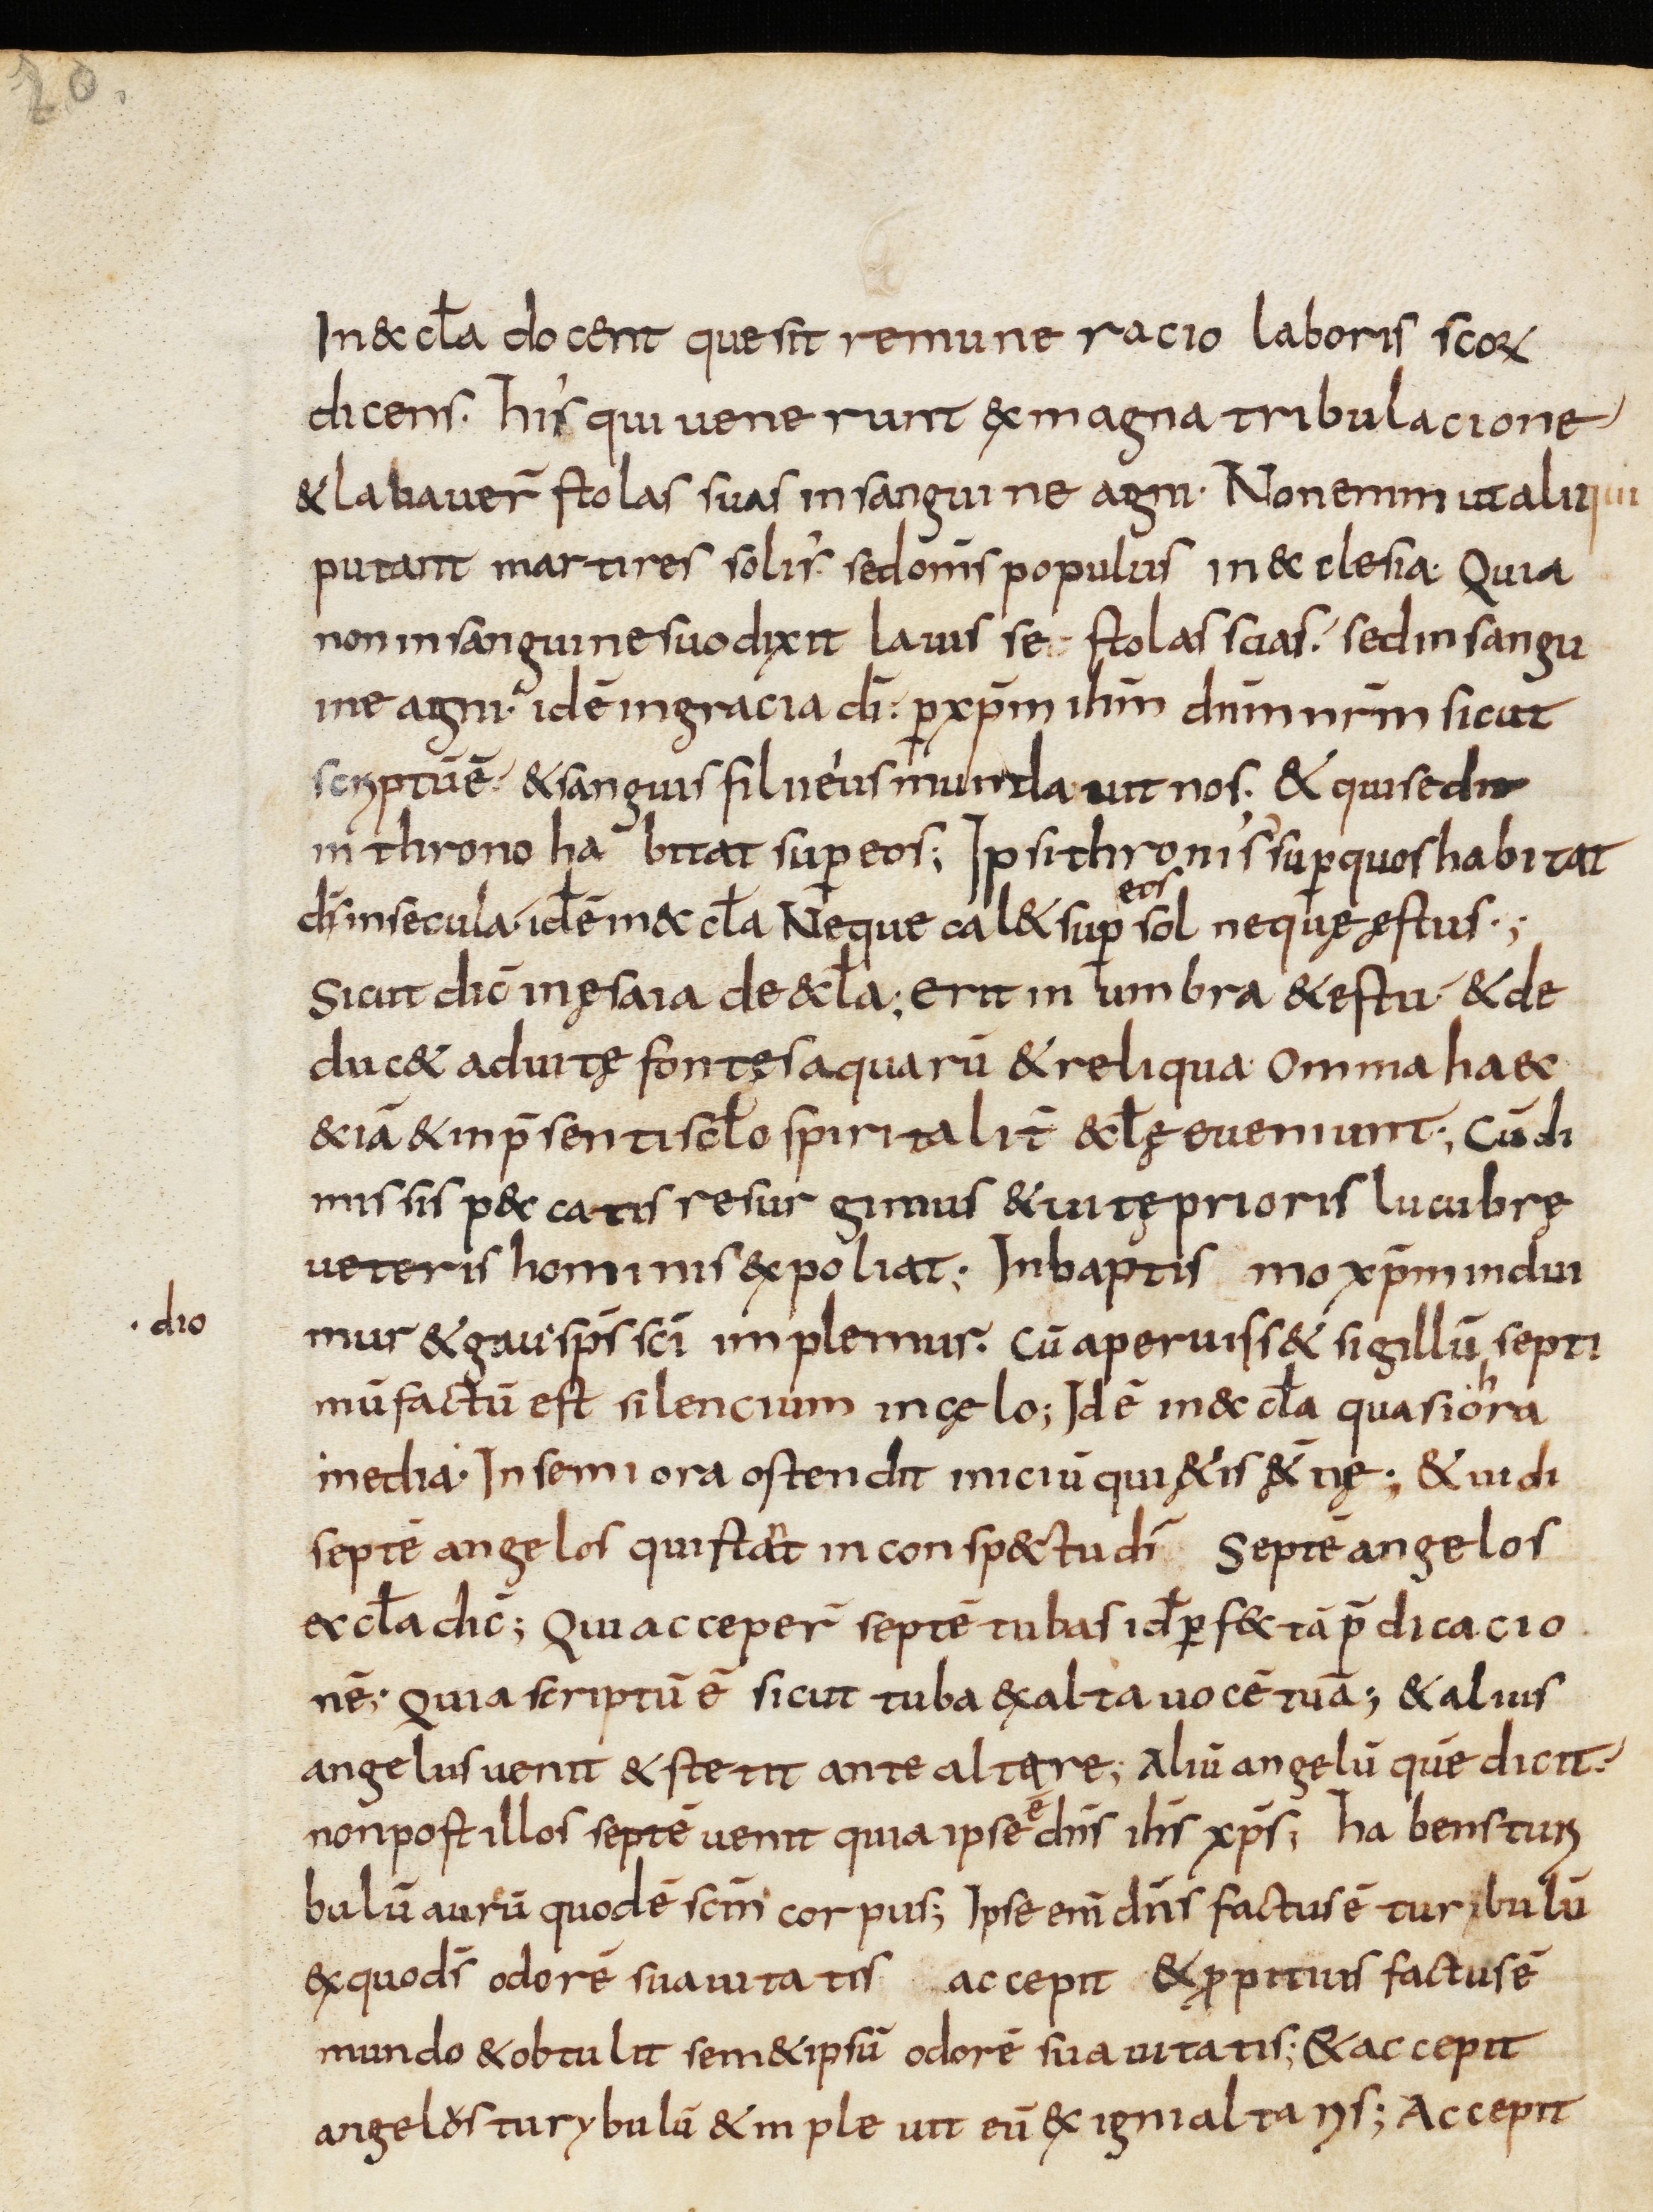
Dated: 800–899